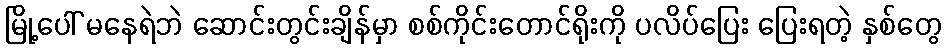
မြို့ပေါ် မနေရဲဘဲ ဆောင်းတွင်းချိန်မှာ စစ်ကိုင်းတောင်ရိုးကို ပလိပ်ပြေး ပြေးရတဲ့ နှစ်တွေ